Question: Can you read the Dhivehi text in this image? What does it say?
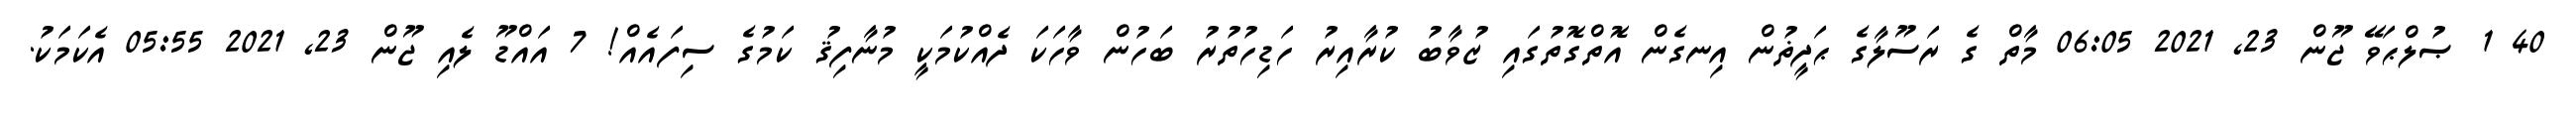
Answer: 40 1 ޞުލްޙަވޭ ޖޫން 23, 2021 06:05 މާތް ގެ ރަސޫލާގެ ޙަދީޡުން އިނގެން އޮތްގޮތުގައި ޒުވާބު ކުރާއިރު ހަޑިހުތުރު ބަހުން ވާހަކަ ދެއްކުމަކީ މުނާފިޤު ކަމުގެ ސިފައެއް! 7 އައްޑޫ ލެއި ޖޫން 23, 2021 05:55 އެކަމަކު.